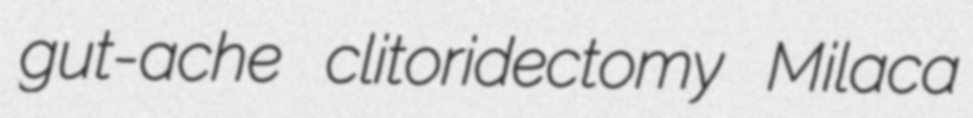
gut-ache clitoridectomy Milaca